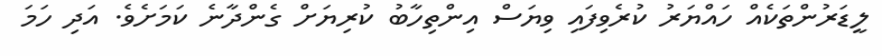
ލީޑަރުންތަކެއް ހައްޔަރު ކުރެވިފައި ވިޔަސް އިންތިހާބު ކުރިޔަށް ގެންދާނެ ކަމަށެވެ. އަދި ހަމަ